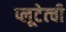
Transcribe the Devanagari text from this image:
प्लूटेत्ची